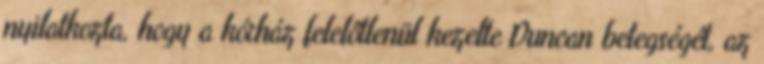
nyilatkozta, hogy a kórház felelőtlenül kezelte Duncan betegségét, az